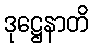
ဒုဋ္ဌေနာတိ